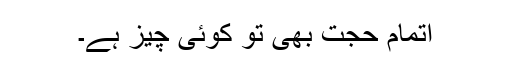
اتمامِ حُجت بھی تو کوئی چیز ہے۔